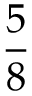
\frac { 5 } { 8 }